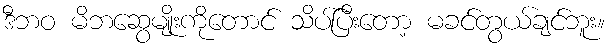
ဒီဘဝ မိဘဆွေမျိုးကိုတောင် သိပ်ပြီးတော့ မခင်တွယ်ချင်ဘူး။